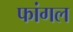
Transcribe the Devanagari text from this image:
फांगल